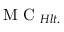
\mathrm { ~ M ~ C ~ } _ { H l t . }